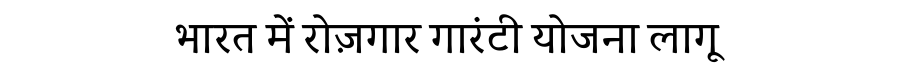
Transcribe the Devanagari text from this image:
भारत में रोज़गार गारंटी योजना लागू